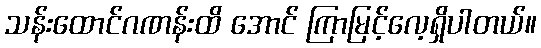
သန်းထောင်ဂဏန်းထိ အောင် ကြာမြင့်လေ့ရှိပါတယ်။